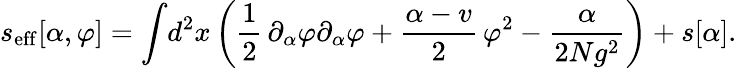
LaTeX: s_{\mathrm{eff}}[\alpha,\varphi]=\int\! d^{2}x\left({\frac{1}{2}}\, \partial_{\alpha}\varphi\partial_{\alpha}\varphi+{\frac{\alpha-v}{2}}\, \varphi^{2}-{\frac{\alpha}{2Ng^{2}}}\right)+s[\alpha].